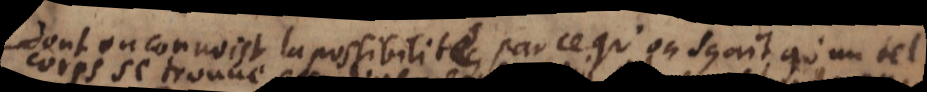
dont on connoist la possibilité, parce qu’on sçait qu’un tel